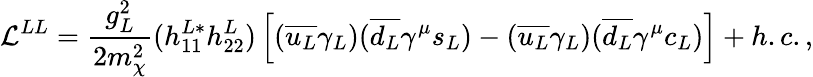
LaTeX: {\cal L}^{LL}=\frac{g_{L}^{2}}{2m_{\chi}^{2}}(h_{11}^{L*}h_{22}^{L})\left[(\overline{{{u_{L}}}}\gamma_{L})(\overline{{{d_{L}}}}\gamma^{\mu}s_{L})-(\overline{{{u_{L}}}}\gamma_{L})(\overline{{{d_{L}}}}\gamma^{\mu}c_{L})\right]+h.c.,